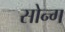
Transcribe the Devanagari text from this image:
सोन्ग